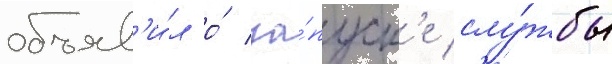
объяв'и́л о́ за́пуск'е слу́жбы